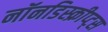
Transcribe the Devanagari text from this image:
नॉनडिस्क्रीप्ट्स